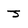
Character: J